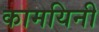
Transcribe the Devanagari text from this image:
कामयिनी